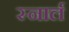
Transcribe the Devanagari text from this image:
स्नार्ल